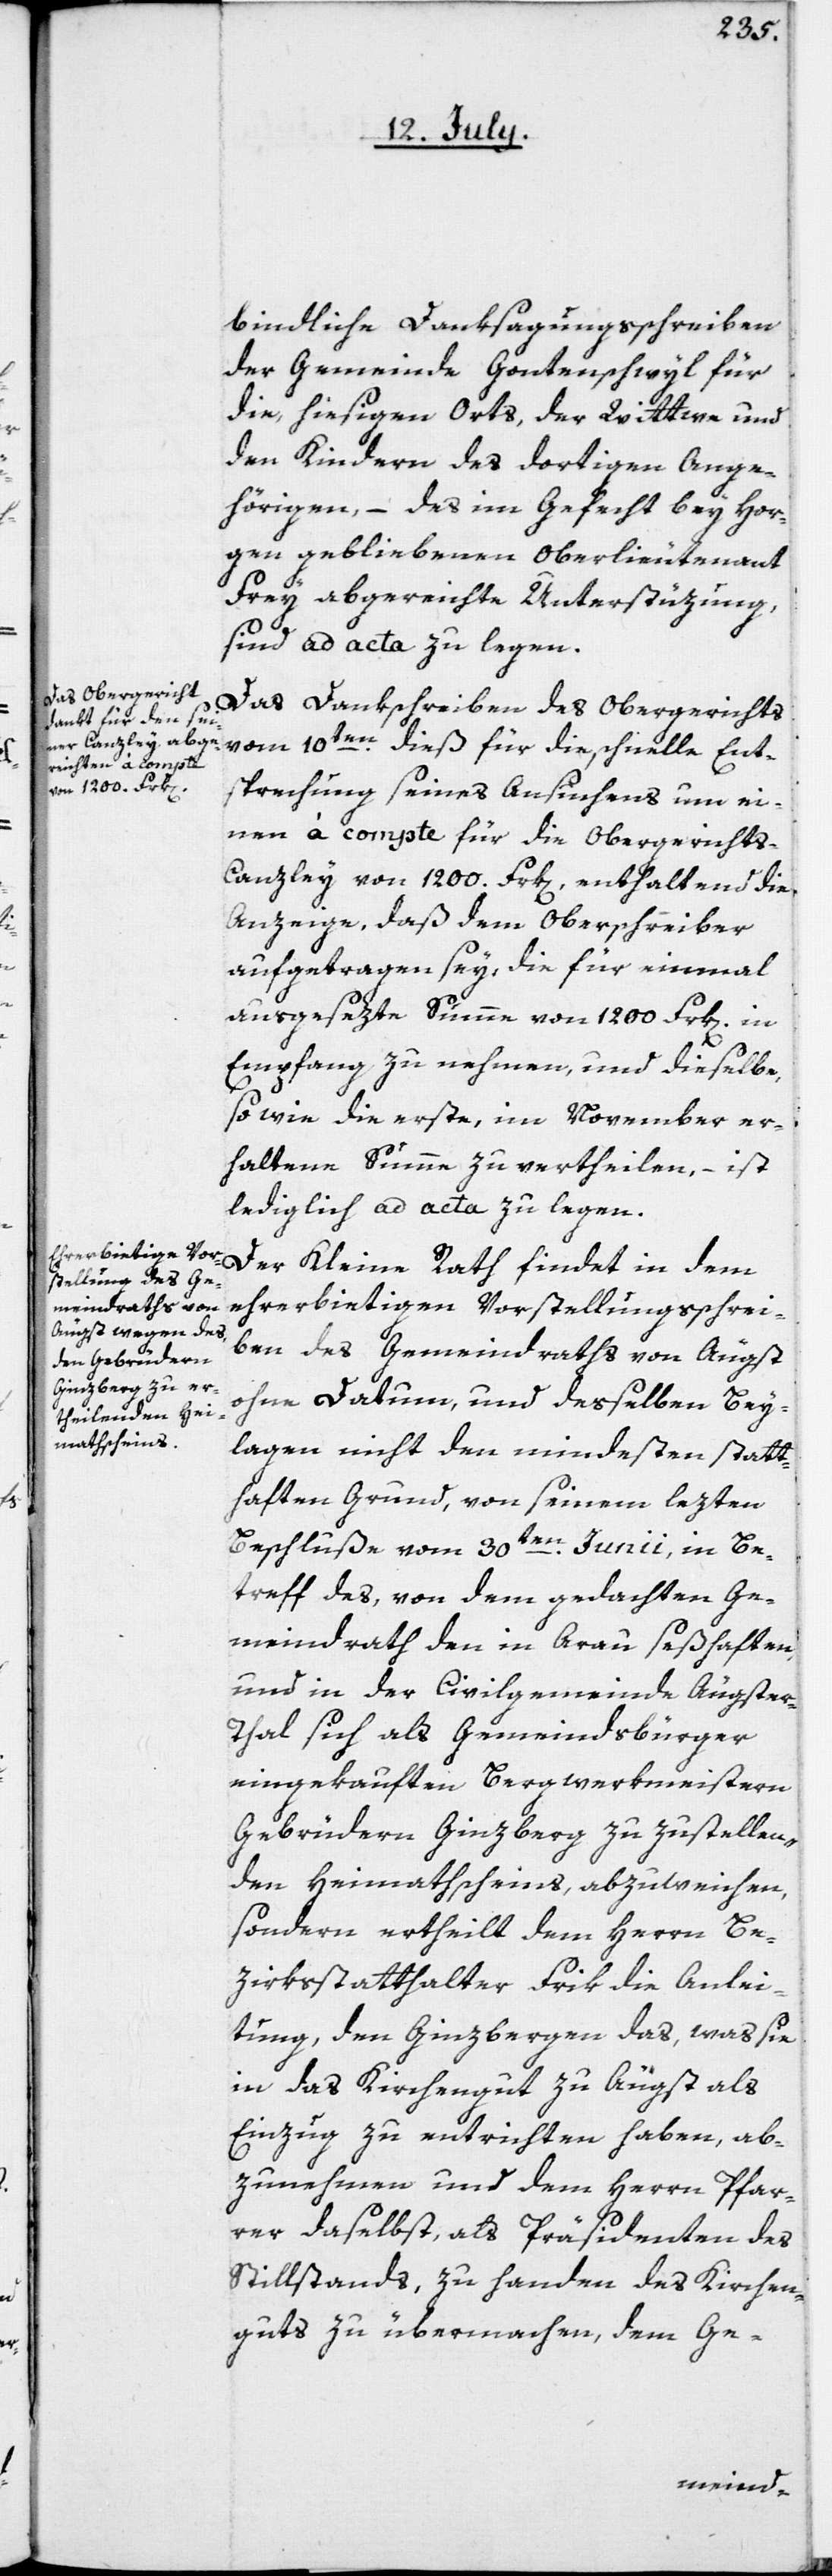
bindliche Danksagungsschreiben
der Gemeinde Gontenschweil für
die, hiesigen Orts, der Wittwe und
den Kindern des dortigen Ange¬
hörigen, – des im Gefecht bey Hor¬
gen gebliebenen Oberlieutentant
Frey abgereichte Unterstüzung,
sind ad acta zu legen.
Das Dankschreiben des Obergerichts
vom 10ten dieß für die schnelle Ent¬
sprechung seines Ansuchens um ei¬
nen à compte für die Obergerichts-C¬
anzley von 1200. Frk[en]., enthaltend die
Anzeige, daß dem Oberschreiber
aufgetragen sey, die für einmal
ausgesezte Summe von 1200. Frk[en]. in
Empfang zu nehmen, und dieselbe,
sowie die erste, im November er¬
haltene Summe zu vertheilen, – ist
lediglich ad acta zu legen.
Der Kleine Rath findet in dem
ehrerbietigen Vorstellungsschrei¬
ben des Gemeindraths von Äugst,
ohne Datum, und desselben Bey¬
lagen nicht den mindesten statt¬
haften Grund, von seinem lezten
Beschluße vom 30ten Junii, in Be¬
treff des von dem gedachten Ge¬
meindrath den in Arau seßhaften,
und in der Civilgemeinde Äugste¬
r-Thal sich als Gemeindsbürger
eingekauften Bergwerkmeistern
Gebrüdern Ginzberg zuzustellen¬
den Heimathscheins, abzuweichen,
sondern ertheilt dem Herrn Be¬
zirksstatthalter Frik die Anlei¬
tung, den Ginzbergen das, was sie
in das Kirchengut zu Äugst als
Einzug zu entrichten haben, ab¬
zunehmen und dem Herrn Pfar¬
rer daselbst, als Präsidenten des
Stillstands, zu Handen des Kirchen¬
guts zu übermachen, dem Ge-